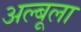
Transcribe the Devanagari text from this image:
अल्बूला